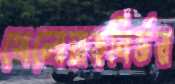
খেলোয়াড়নির্ভর